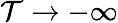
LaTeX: \mathcal{T}\to-\infty